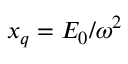
x _ { q } = E _ { 0 } / \omega ^ { 2 }